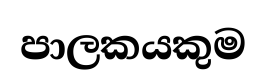
පාලකයකුම